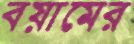
বয়ামের